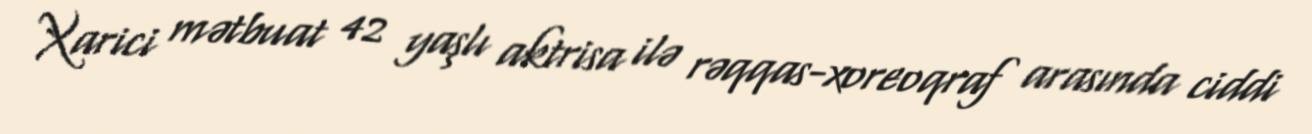
Xarici mətbuat 42 yaşlı aktrisa ilə rəqqas-xoreoqraf arasında ciddi